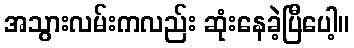
အသွားလမ်းကလည်း ဆုံးနေခဲ့ပြီပေါ့။